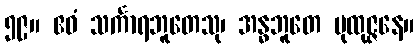
၅၉။ ဧဝံ သင်္ကာရဘူတေသု၊ အန္ဓဘူတေ ပုထုဇ္ဇနေ။